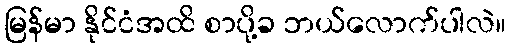
မြန်မာ နိုင်ငံအထိ စာပို့ခ ဘယ်လောက်ပါလဲ။